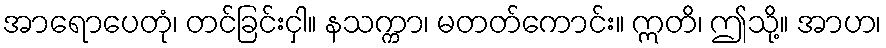
အာရောပေတုံ၊ တင်ခြင်းငှါ။ နသက္ကာ၊ မတတ်ကောင်း။ ဣတိ၊ ဤသို့။ အာဟ၊